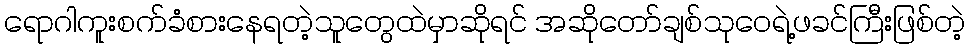
ရောဂါကူးစက်ခံစားနေရတဲ့သူတွေထဲမှာဆိုရင် အဆိုတော်ချစ်သုဝေရဲ့ဖခင်ကြီးဖြစ်တဲ့